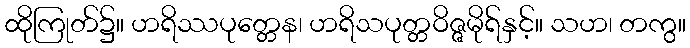
ထိုကြုတ်၌။ ဟရိဿပုတ္တေန၊ ဟရိသပုတ္တဝိဇ္ဇမိုရ်နှင့်။ သဟ၊ တကွ။